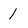
Character: 1